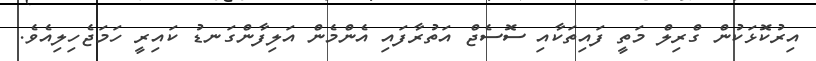
އިރުކޮޅަކުން ގްރިލް މަތީ ފައިތަކާއި ސޮސެޖް އަތުރާފައި އެންމެން އަލިފާންގަނޑު ކައިރީ ހަމަޖެހިލިއެވެ.